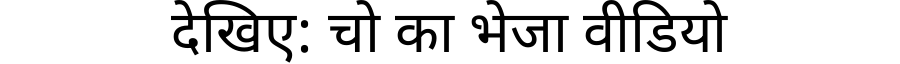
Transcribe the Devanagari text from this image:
देखिए: चो का भेजा वीडियो